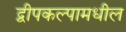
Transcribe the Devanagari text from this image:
द्वीपकल्पामधील